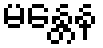
မန္တေန